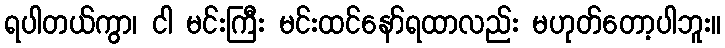
ရပါတယ်ကွာ၊ ငါ မင်းကြီး မင်းထင်နော်ရထာလည်း မဟုတ်တော့ပါဘူး။